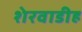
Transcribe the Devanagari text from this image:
शेरवाडीह